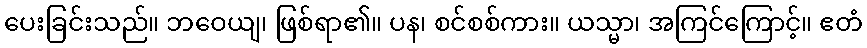
ပေးခြင်းသည်။ ဘဝေယျ၊ ဖြစ်ရာ၏။ ပန၊ စင်စစ်ကား။ ယသ္မာ၊ အကြင်ကြောင့်။ ဧတံ